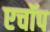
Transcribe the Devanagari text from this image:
एचॉप